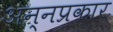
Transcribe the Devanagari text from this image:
अन्नप्रकार